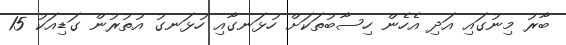
ބާރު މިނުގައި އަދި އެހެން ހިސާބުތަކަށް ހުޅަނގާއި ހުޅަނގު އުތުރުން ގަޑިއަކު 15